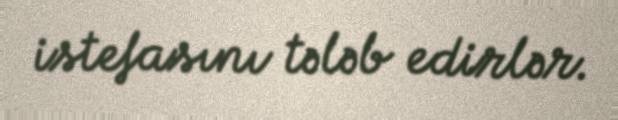
istefasını tələb edirlər.